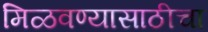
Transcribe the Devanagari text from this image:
मिळवण्यासाठीचा